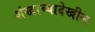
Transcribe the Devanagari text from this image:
शंखाच्यादेखील